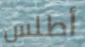
أطلس